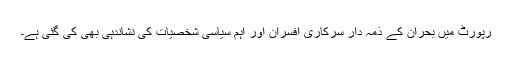
رپورٹ میں بحران کے ذمہ دار سرکاری افسران اور اہم سیاسی شخصیات کی نشاندہی بھی کی گئی ہے۔